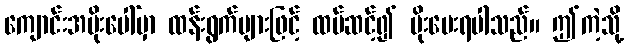
ကျောင်းအမိုးပေါ်မှာ ထန်းရွက်များဖြင့် ထပ်ဆင့်၍ မိုးပေးရပါသည်။ ဤကဲ့သို့